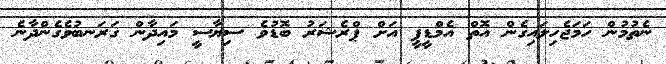
ނެތުމުން ހަމަޖެހިލައިގެން އޮތް އެމްޑީޕީ އަށް ޕްރެޝަރު ބޮޑުވެ ސިޔާސީ މައިދާން ގަރަނބުވެގެންދާނެ